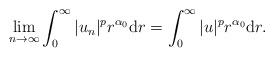
LaTeX: \begin{align*}\lim_{n\to\infty}\int_0^\infty|u_n|^pr^{\alpha_0}\mathrm dr=\int_0^\infty|u|^pr^{\alpha_0}\mathrm dr.\end{align*}